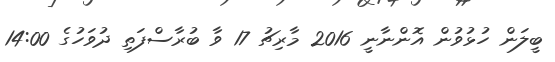
ބީލަން ހުޅުވުން އޮންނާނީ 2016 މާރިޗު 17 ވާ ބުރާސްފަތި ދުވަހުގެ 14:00